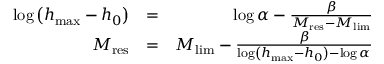
\begin{array} { r l r } { \log \left( h _ { \operatorname* { m a x } } - h _ { 0 } \right) } & { = } & { \log \alpha - \frac { \beta } { M _ { \mathrm { r e s } } - M _ { \mathrm { l i m } } } } \\ { M _ { \mathrm { r e s } } } & { = } & { M _ { \mathrm { l i m } } - \frac { \beta } { \log \left( h _ { \operatorname* { m a x } } - h _ { 0 } \right) - \log \alpha } } \end{array}